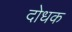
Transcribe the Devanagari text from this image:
दोधक